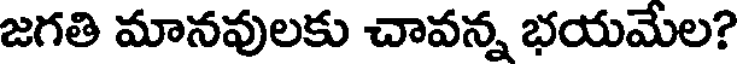
జగతి మానవులకు చావన్న భయమేల?